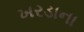
ખરડાના